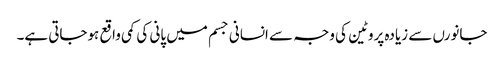
جانورں سے زیادہ پروٹین کی وجہ سے انسانی جسم میں پانی کی کمی واقع ہوجاتی ہے۔